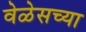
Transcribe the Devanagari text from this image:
वेळेसच्या